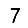
Digit: 7